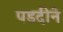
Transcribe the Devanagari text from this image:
पडदीने